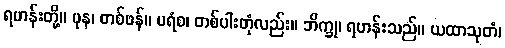
ရဟန်းတို့။ ပုန၊ တစ်ဖန်။ ပရံစ၊ တစ်ပါးတုံလည်း။ ဘိက္ခု၊ ရဟန်းသည်။ ယထာသုတံ၊